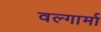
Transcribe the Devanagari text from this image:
वल्गार्मा